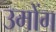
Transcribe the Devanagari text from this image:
उमोंग